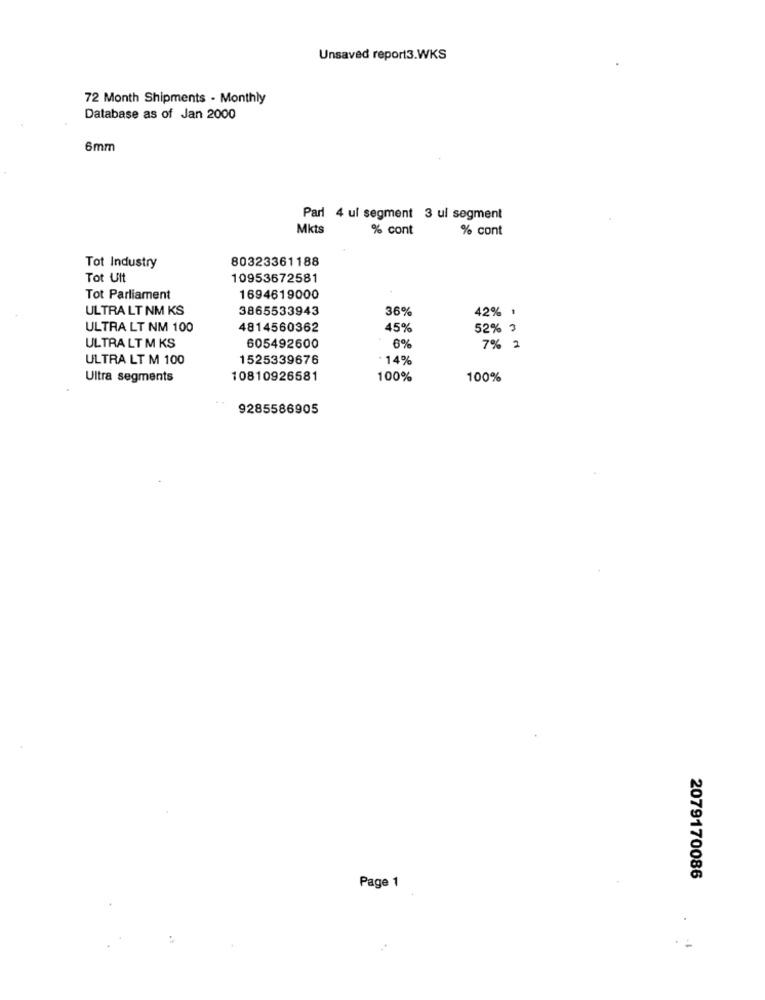
Unsaved report3.WKS
72 Month Shipments - Monthly
Database as of Jan 2000
6mm
Parl 4 ul segment 3 ul segment
Mkts
% cont
% cont
80323361188
Tot Industry
Tot Ult
10953672581
Tot Parliament
1694619000
ULTRA LT NM KS
3865533943
36%
42% 1
ULTRA LT NM 100
4814560362
45%
52% 3
ULTRA LT M KS
605492600
6%
7% 2
ULTRA LT M 100
1525339676
· 14%
Ultra segments
10810926581
100%
100%
9285586905
Page 1
2079170086